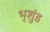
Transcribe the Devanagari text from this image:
भृशुंड